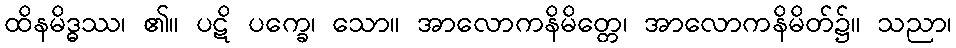
ထိနမိဒ္ဓဿ၊ ၏။ ပဋိ ပက္ခေ၊ သော။ အာလောကနိမိတ္တေ၊ အာလောကနိမိတ်၌။ သညာ၊